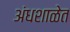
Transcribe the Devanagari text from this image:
अंधशाळेत